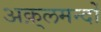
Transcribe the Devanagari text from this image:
अक़्लमन्दों